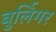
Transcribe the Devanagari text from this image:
बुर्लिगर